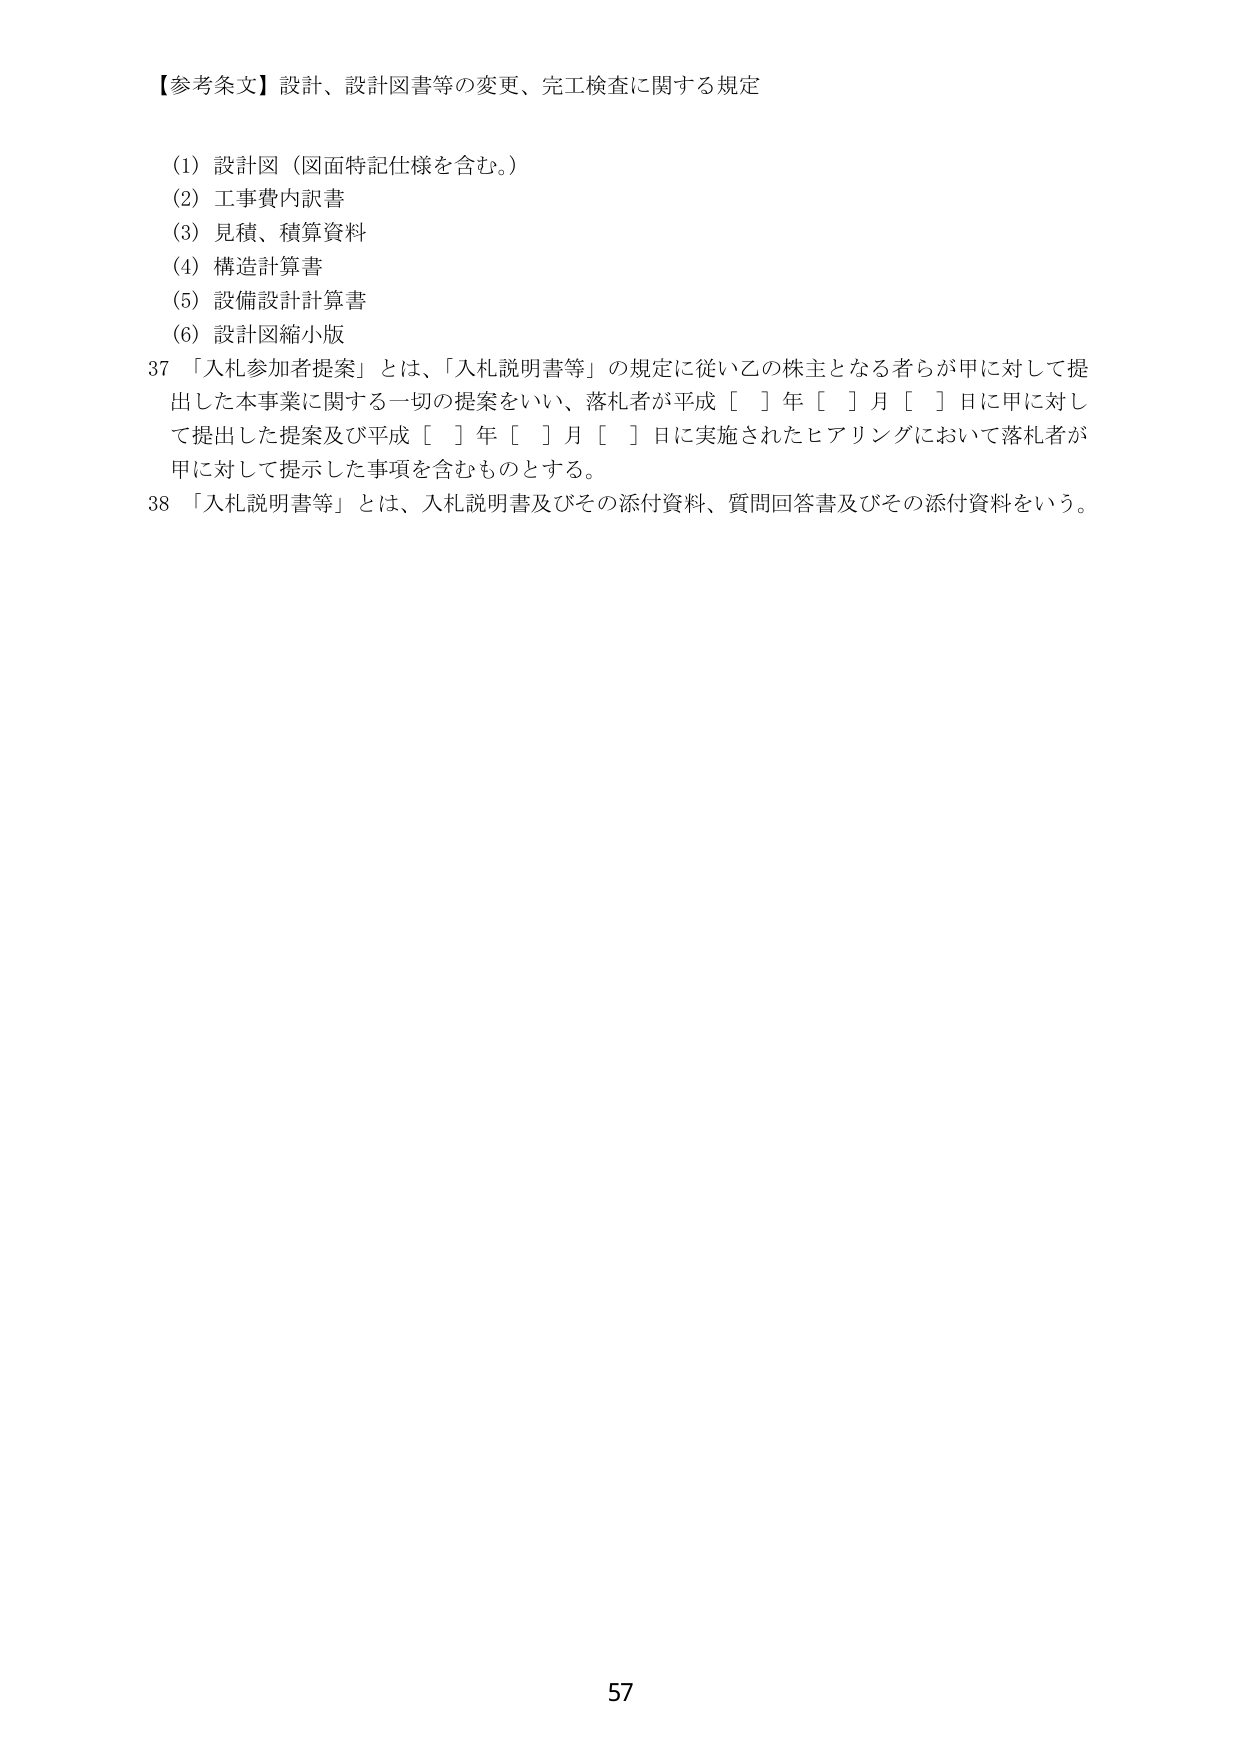
【参考条文】設計、設計図書等の変更、完工検査に関する規定

(1) 設計図（図面特記仕様を含む。）
(2) 工事費内訳書
(3) 見積、積算資料
(4) 構造計算書
(5) 設備設計計算書
(6) 設計図縮小版

37 「入札参加者提案」とは、「入札説明書等」の規定に従い乙の株主となる者らが甲に対して提出した本事業に関する一切の提案をいい、落札者が平成［ ］年［ ］月［ ］日に甲に対して提出した提案及び平成［ ］年［ ］月［ ］日に実施されたヒアリングにおいて落札者が甲に対して提示した事項を含むものとする。

38 「入札説明書等」とは、入札説明書及びその添付資料、質問回答書及びその添付資料をいう。

57